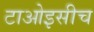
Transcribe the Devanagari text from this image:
टाओइसीच